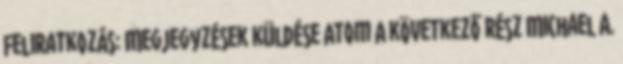
Feliratkozás: Megjegyzések küldése Atom A következő rész Michael A.